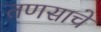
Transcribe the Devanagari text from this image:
तणसाचे